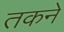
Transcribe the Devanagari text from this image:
तकने